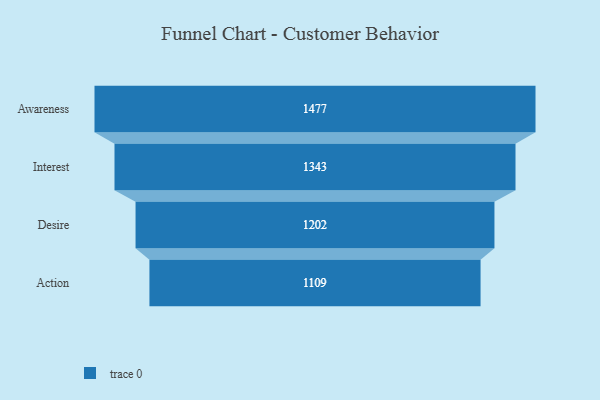
{"axis": {"x": "Stage", "y": "Value"}, "legend": [""], "data": [{"x": "Awareness", "y": 1477.0, "type": ""}, {"x": "Interest", "y": 1343.0, "type": ""}, {"x": "Desire", "y": 1202.0, "type": ""}, {"x": "Action", "y": 1109.0, "type": ""}]}